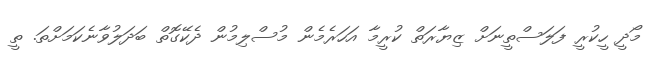
މޯދީ ހީކުރީ ފަލަސްތީނަށް ޒިޔާރަތް ކުރީމާ އަހަރެމެން މުސްލިމުން ދެކޭގޮތް ބަދަލުވާނެކަމަށްތަ. ތީ